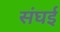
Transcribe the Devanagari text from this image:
संघई